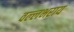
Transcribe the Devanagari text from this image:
वल्‍लभराय